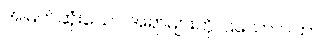
အမြတ်ဆုံးသော အရာများကို ပြသော ဂါထာ။